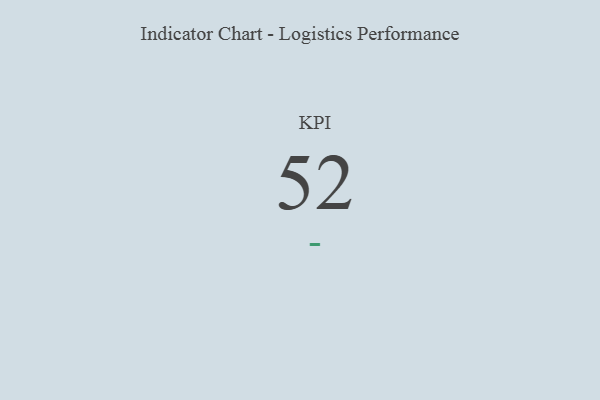
{"axis": {"x": "KPI", "y": "Value"}, "legend": [""], "data": [{"x": "KPI", "y": 52, "type": ""}]}